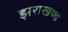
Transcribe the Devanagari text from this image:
झराखण्ड